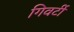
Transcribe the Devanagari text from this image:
गिवर्टी